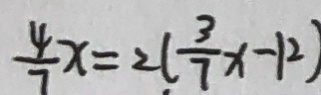
\frac { 4 } { 7 } x = 2 ( \frac { 3 } { 7 } x - 1 2 )